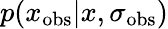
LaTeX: p(x_{\mathrm{obs}}|x,\sigma_{\mathrm{obs}})